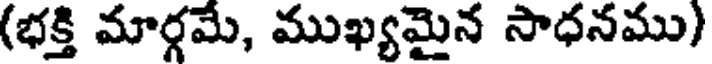
(భక్తి మార్గమే, ముఖ్యమైన సాధనము)